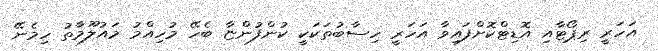
އަހަރީ ރިޕޯޓާއި އޮޑިޓްކޮށްފައިވާ އަހަރީ ހިސާބުތަކަކީ ކުންފުންޏާ ބެހޭ މުހިއްމު މައުލޫމާތު ހިމެނޭ